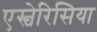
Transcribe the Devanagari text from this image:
एस्चेरिसिया